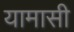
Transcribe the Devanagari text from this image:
यामासी